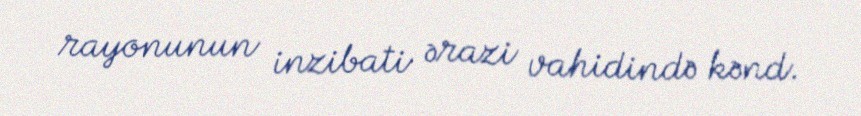
rayonunun inzibati ərazi vahidində kənd.